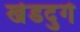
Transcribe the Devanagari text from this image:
खेडदुर्ग